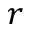
r